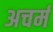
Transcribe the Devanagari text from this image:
अचर्म